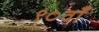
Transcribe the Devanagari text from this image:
९०वाँ